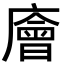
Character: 廥